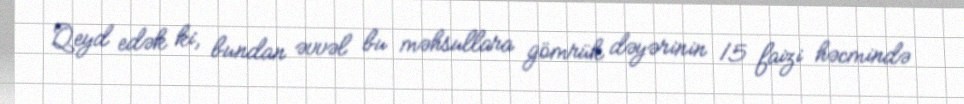
Qeyd edək ki, bundan əvvəl bu məhsullara gömrük dəyərinin 15 faizi həcmində